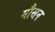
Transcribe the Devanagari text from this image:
मौसन